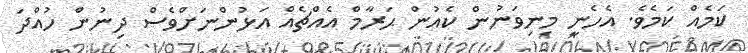
ކަމެއް ކަމެވެ. އެހެނީ މިނިވަނުން ކެއުން ޙަރާމް އެއްޗެއް އަޅުންނަށްވެސް ދިނުން ހުއްދަ